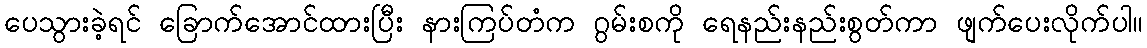
ပေသွားခဲ့ရင် ခြောက်အောင်ထားပြီး နားကြပ်တံက ဂွမ်းစကို ရေနည်းနည်းစွတ်ကာ ဖျက်ပေးလိုက်ပါ။